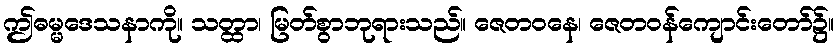
ဤဓမ္မဒေသနာကို။ သတ္ထာ၊ မြတ်စွာဘုရားသည်။ ဇေတဝနေ၊ ဇေတဝန်ကျောင်းတော်၌။